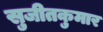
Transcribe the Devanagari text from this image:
सुजीतकुमार